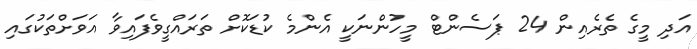
އަދި މީގެ ތެރެއިން 24 ޕަސެންޓް މީހުންނަކީ އެންމެ ކުޑަކޮށް ތަރައްގީވެފައިވާ އަވަށްތަކުގައި